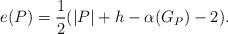
LaTeX: \begin{align*}e(P)=\frac{1}{2}(|P|+h-\alpha(G_P)-2). \end{align*}